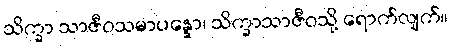
သိက္ခာ သာဇီဝသမာပန္နော၊ သိက္ခာသာဇီဝသို့ ရောက်လျက်။